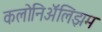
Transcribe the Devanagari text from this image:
कलोनिॲलिझम